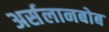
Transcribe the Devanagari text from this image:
अर्सलानबोब